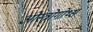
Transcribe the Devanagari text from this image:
ओस्त्रोगोथ्स